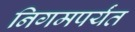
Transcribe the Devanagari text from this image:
निगमपर्यंत